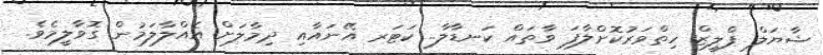
ޝާޔަލް ޕްލީޒް ހިތްވަރުކޮށްލާފަ ވާތައް ކަނޑާލާ.. ކަޓަރ އޭނައާއި ދިމާލަށް އެއްލާލަމުން ގޮވާލީމެވެ.